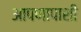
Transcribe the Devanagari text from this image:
आपणापाशी